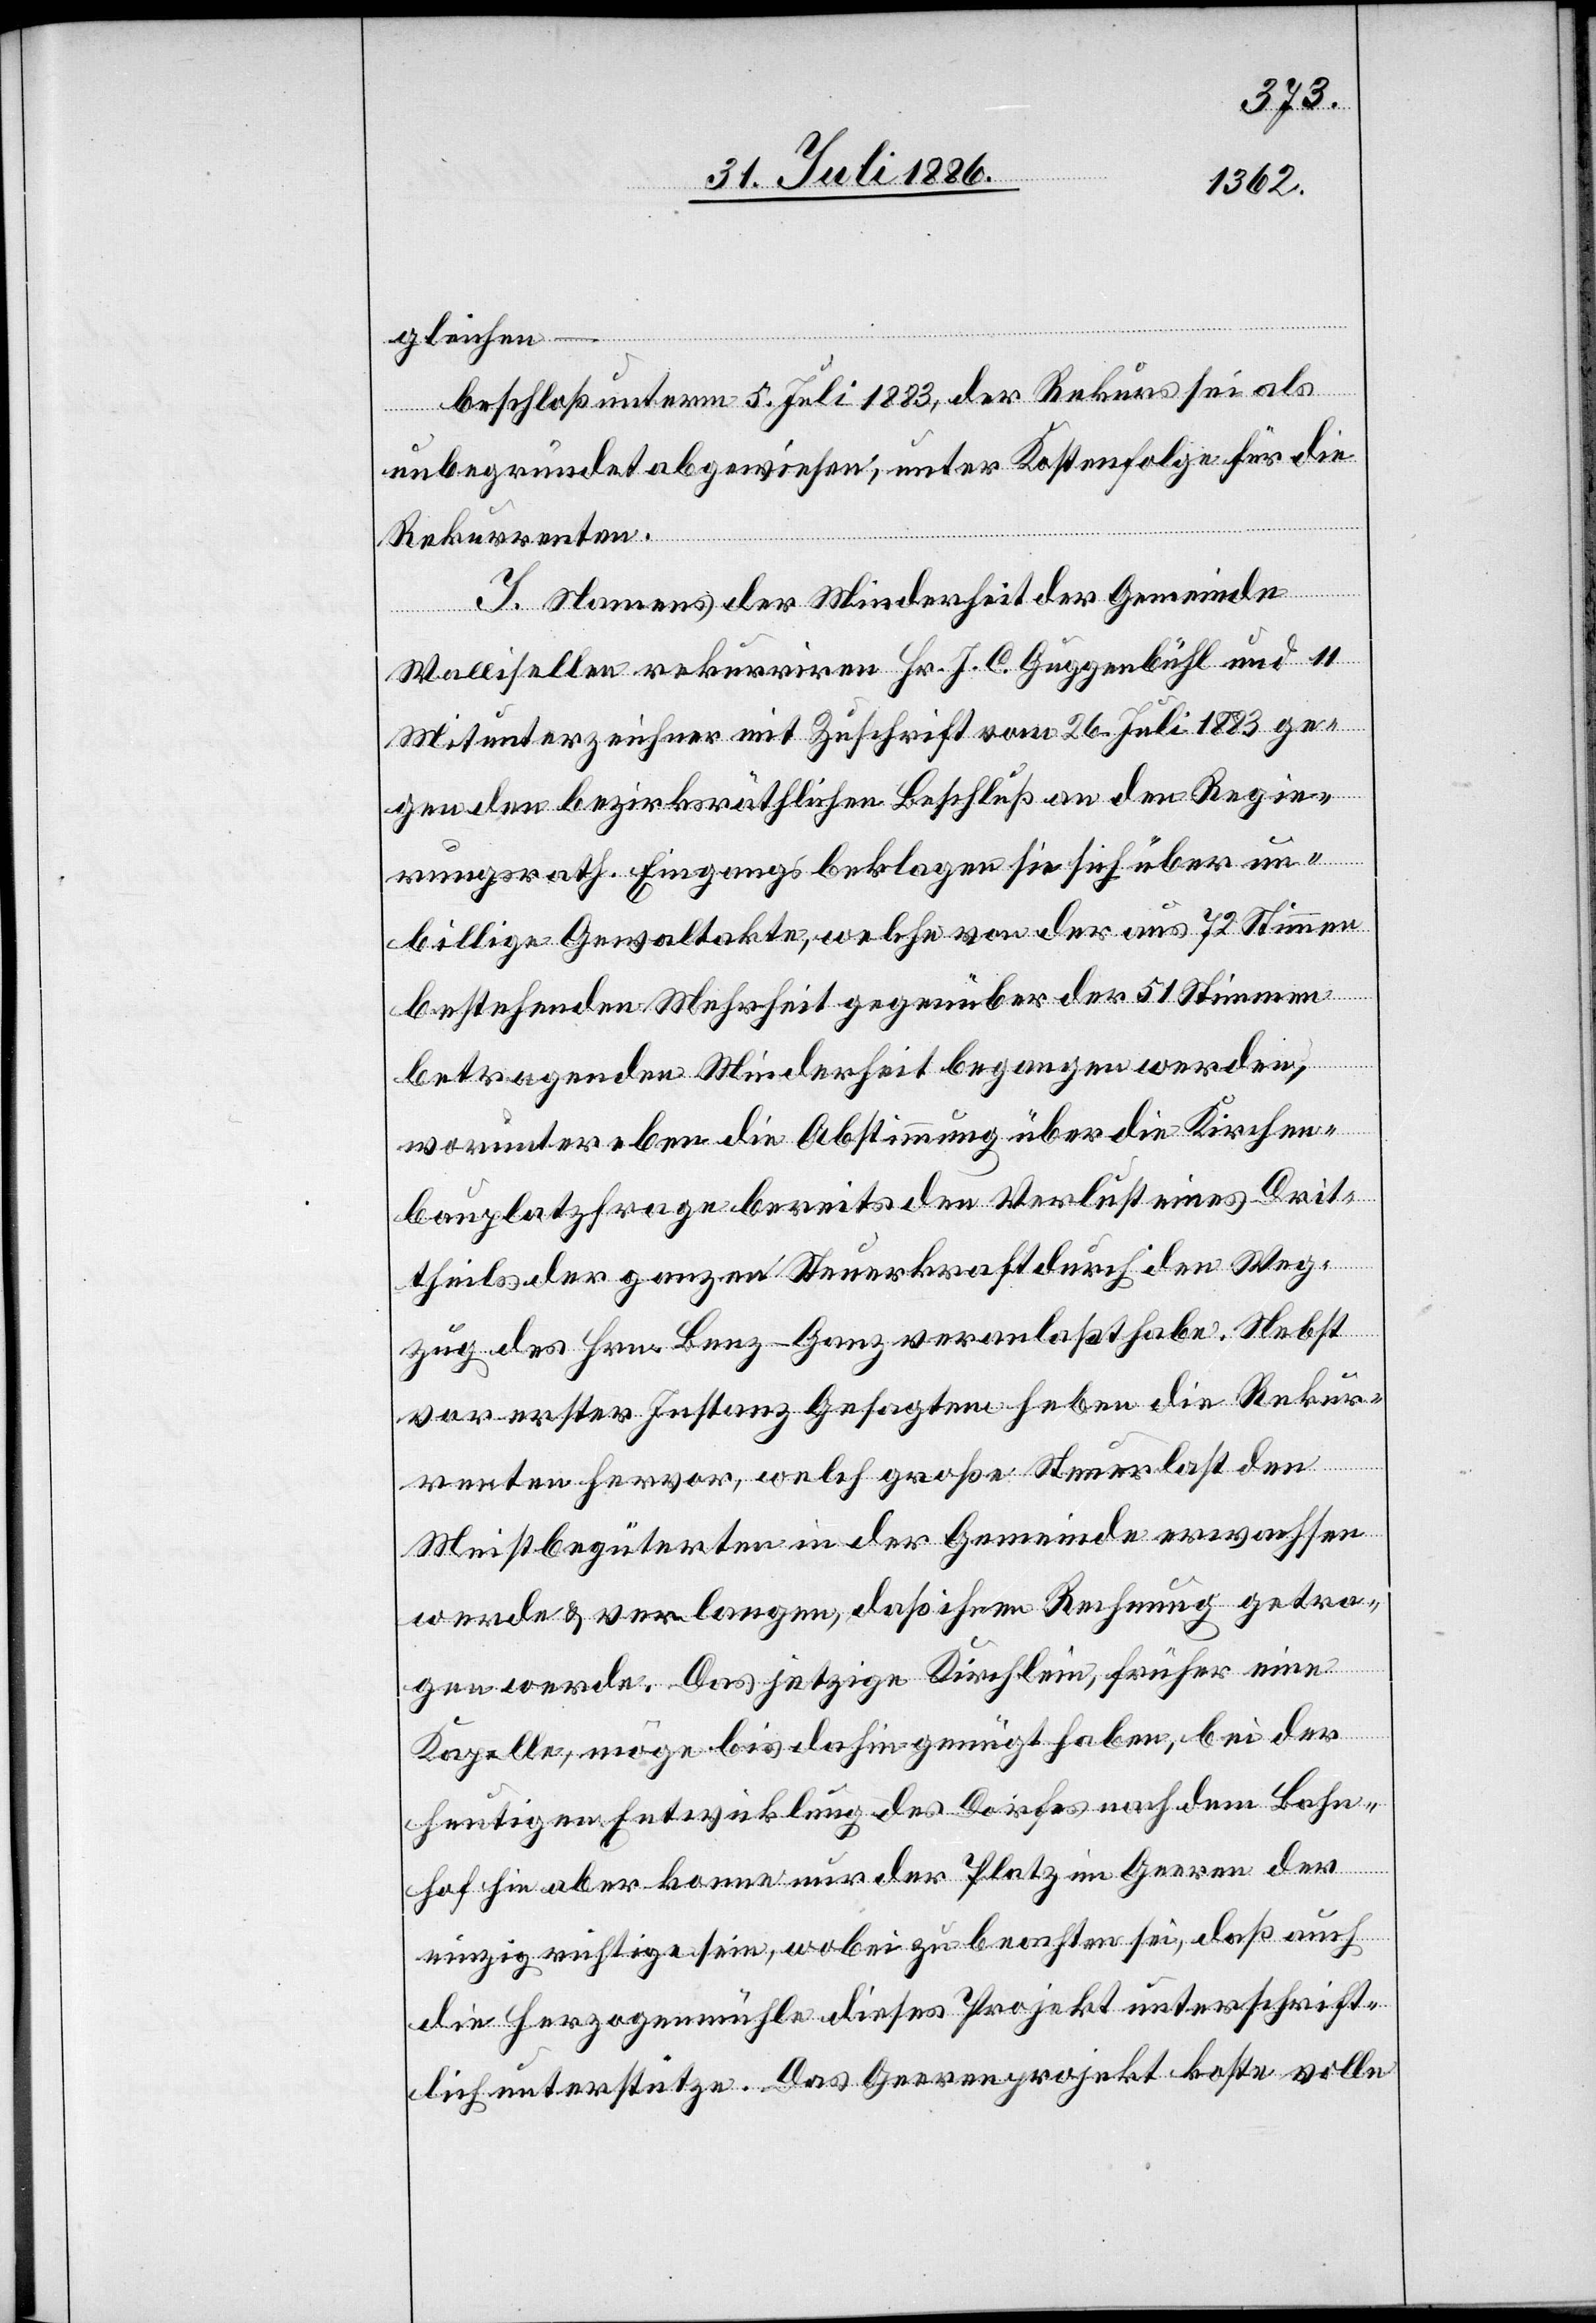
gleichen
nur
beschloß unterm 5. Juli 1883, der Rekurs sei als
unbegründet abgewiesen, unter Kostenfolge für die
Geeren
Rekurrenten.
I. Namens der Minderheit der Gemeinde
Wallisellen rekurriren Hr. J. C. Guggenbühl und 11
Mitunterzeichner mit Zuschrift vom 26. Juli 1883 ge¬
gen den bezirksräthlichen Beschluß an den Regie¬
rungsrath. Eingangs beklagen sie sich über un¬
billige Gewaltakte, welche von der aus 72 Stimmen
bestehenden Mehrheit gegenüber der 51 Stimmen
betragenden Minderheit begangen werden,
worunter eben die Abstimmung über die Kirchen¬
bauplatzfrage bereits den Verlust eines Drit¬
der
ttheils der ganzen Steuerkraft durch den Weg¬
zug des Hrn. Benz-Ganz veranlaßt habe. Nebst
vor erster Instanz Gesagtem heben die Rekur¬
renten hervor, welch große Steuerlast den
Meistbegüterten in der Gemeinde erwachsen
werde & verlangen, daß ihnen Rechnung getra¬
gen werde. Das jetzige Kirchlein, früher eine
Kapelle, möge bis dahin genügt haben, bei der
heutigen Entwicklung des Dorfes nach dem Bahn¬
in
einzig richtige sein, wobei zu beachten sei, daß auch
die Herzogenmühle dieses Projekt unterschrift¬
lich unterstütze. Das Geerenprojekt koste volle